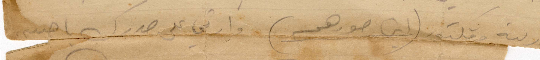
وزكية وفكتوريا (اين صورهم) وارتمي على صدرك أيها الحبيب